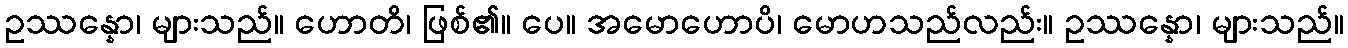
ဥဿန္နော၊ များသည်။ ဟောတိ၊ ဖြစ်၏။ ပေ။ အမောဟောပိ၊ မောဟသည်လည်း။ ဥဿန္နော၊ များသည်။